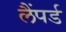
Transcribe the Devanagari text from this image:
लैंपर्ड